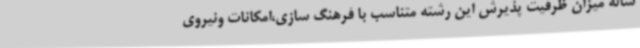
ساله میزان ظرفیت پذیرش این رشته متناسب با فرهنگ سازی،امکانات ونیروی